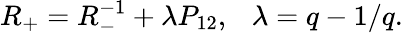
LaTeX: R_{+}=R_{-}^{-1}+\lambda P_{12},~~~\lambda=q-1/q.